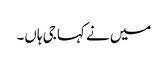
میں نے کہا جی ہاں۔